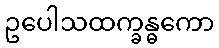
ဥပေါသထက္ခန္ဓကော